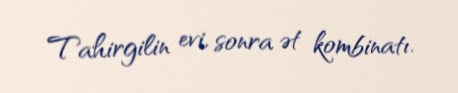
Tahirgilin evi, sonra ət kombinatı.